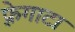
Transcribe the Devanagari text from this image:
फ़्रेगाटा